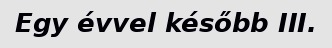
Egy évvel később III.